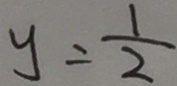
y = \frac { 1 } { 2 }